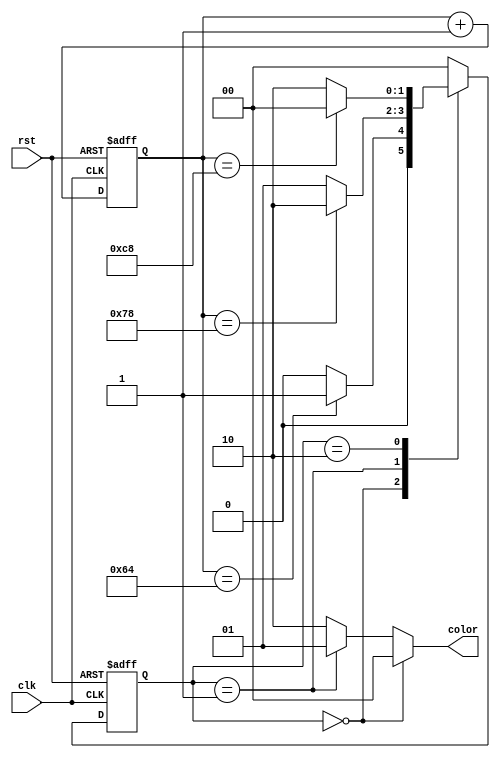
module Control_Etapas(clk, rst, color);
    input clk;
    input rst;
    output [1:0] color;

    reg [1:0] state, nextState;
    reg [8:0] cnt;

    // Asignacin asncrona del siguiente estado
    always @(state, cnt)
      case(state)
      0:  // IF_ID
        if (cnt == 100) nextState = 1;
        else nextState = 0;
      1:  // Color Ambar
        if (cnt == 120) nextState = 2;
        else nextState = 1;
      2:  // Color Verde
        if (cnt == 200) nextState = 0;
        else nextState = 2;
      default: nextState = 0;
      endcase

    // Asignacin sncrona: Actualizacin del estado
    always @(posedge clk or negedge rst)
      if(rst == 0) state = 0;
      else state = nextState;

    // Asignacin de las salidas
    always @(state)
      if(state == 0) color = 2'b00; // Color Rojo
      else if(state == 1) color = 2'b01; // Color Ambar
      else color = 2'b10; // Color Verde

    // Contador
    always @(posedge clk or negedge rst)
      if(rst == 0) cnt = 0;
      else cnt = cnt + 1;
    endmodule